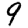
Digit: 9